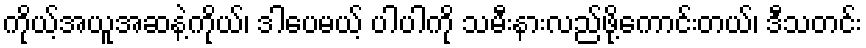
ကိုယ့်အယူအဆနဲ့ကိုယ်၊ ဒါပေမယ့် ပါပါကို သမီးနားလည်ဖို့ကောင်းတယ်၊ ဒီသတင်း